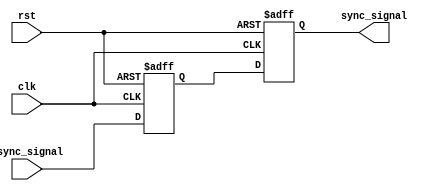
module dual_flip_flop_synchronizer (
    input wire async_signal,  // Input signal from async domain
    input wire clk,           // Target clock signal
    input wire rst,           // Optional reset signal
    output reg sync_signal     // Synchronized output signal
);

    // Intermediate signal to hold the output of the first flip-flop
    reg sync_signal1;

    // First flip-flop
    always @(posedge clk or posedge rst) begin
        if (rst) begin
            sync_signal1 <= 1'b0;  // Initialize to known state
        end else begin
            sync_signal1 <= async_signal; // Capture async signal
        end
    end

    // Second flip-flop
    always @(posedge clk or posedge rst) begin
        if (rst) begin
            sync_signal <= 1'b0;  // Initialize to known state
        end else begin
            sync_signal <= sync_signal1; // Capture output of first flip-flop
        end
    end

endmodule